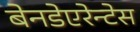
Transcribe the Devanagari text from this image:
बेनडेएरेन्टेस